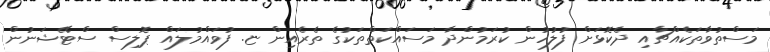
މަސްތުވާތަކެއްޗާއި ދެކޮޅަށް ފުލުހުން ކުރަމުންދާ މަސައްކަތްތަކުގެ ތެރެއިން ޏ. ފުވައްމުލައް ޕޮލިސް ސްޓޭޝަނުން